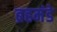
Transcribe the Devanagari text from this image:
ब्रहमंडे